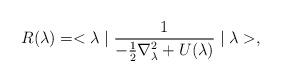
LaTeX: \begin{align*}R(\lambda ) = <\lambda \mid \frac{1}{- \frac{1}{2} \nabla _{\lambda }^{2} +U(\lambda )}\mid \lambda >,\end{align*}